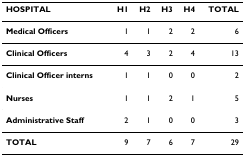
<table><thead><tr><td><b>HOSPITAL</b></td><td><b>H1</b></td><td><b>H2</b></td><td><b>H3</b></td><td><b>H4</b></td><td><b>TOTAL</b></td></tr></thead><tbody><tr><td><b>Medical Officers</b></td><td>1</td><td>1</td><td>2</td><td>2</td><td>6</td></tr><tr><td><b>Clinical Officers</b></td><td>4</td><td>3</td><td>2</td><td>4</td><td>13</td></tr><tr><td><b>Clinical Officer interns</b></td><td>1</td><td>1</td><td>0</td><td>0</td><td>2</td></tr><tr><td><b>Nurses</b></td><td>1</td><td>1</td><td>2</td><td>1</td><td>5</td></tr><tr><td><b>Administrative Staff</b></td><td>2</td><td>1</td><td>0</td><td>0</td><td>3</td></tr><tr><td><b>TOTAL</b></td><td>9</td><td>7</td><td>6</td><td>7</td><td>29</td></tr></tbody></table>